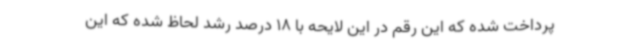
پرداخت شده که این رقم در این لایحه با 18 درصد رشد لحاظ شده که این